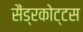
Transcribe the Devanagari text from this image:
सैंड्रकोट्टस